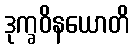
ဒုက္ခဝိနယောတိ